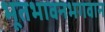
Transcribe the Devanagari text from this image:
भूतभावनभगवान